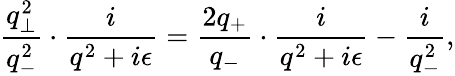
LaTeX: \frac{q_{\bot}^{2}}{q_{-}^{2}}\cdot\frac{i}{q^{2}+i{\epsilon}}=\frac{2q_{+}}{q_{-}}\cdot\frac{i}{q^{2}+i{\epsilon}}-\frac{i}{q_{-}^{2}},